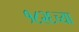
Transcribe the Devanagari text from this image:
१८२६च्या